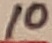
Text: 10